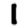
Digit: 1